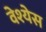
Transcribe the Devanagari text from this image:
वेश्येस